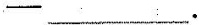
——___.